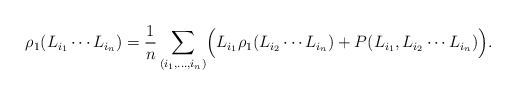
\begin{align*}\rho_1(L_{i_1}\cdots L_{i_n}) ={1\over n}\sum_{(i_1,\ldots,i_n)}\Bigl(L_{i_1}\rho_1(L_{i_2}\cdots L_{i_n})+P(L_{i_1},L_{i_2}\cdots L_{i_n})\Bigr).\end{align*}